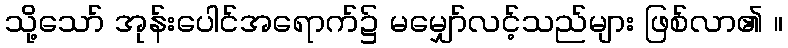
သို့သော် အုန်းပေါင်အရောက်၌ မမျှော်လင့်သည်များ ဖြစ်လာ၏ ။